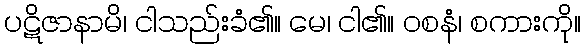
ပဋိဇာနာမိ၊ ငါသည်းခံ၏။ မေ၊ ငါ၏။ ဝစနံ၊ စကားကို။